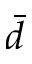
\bar { d }